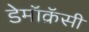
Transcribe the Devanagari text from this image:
डेमॉक्रॅसी